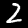
Digit: 2